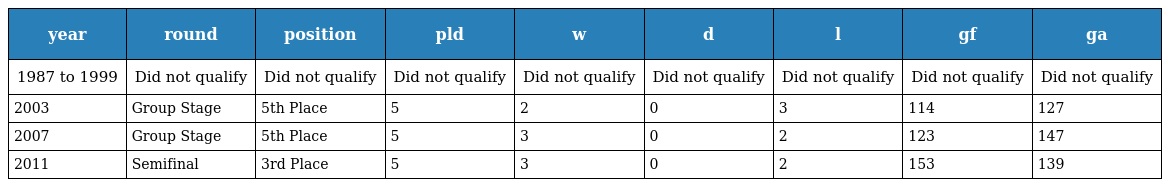
| year | round | position | pld | w | d | l | gf | ga |
 | --- | --- | --- | --- | --- | --- | --- | --- | --- |
 | 1987 to 1999 | Did not qualify | Did not qualify | Did not qualify | Did not qualify | Did not qualify | Did not qualify | Did not qualify | Did not qualify |
 | 2003 | Group Stage | 5th Place | 5 | 2 | 0 | 3 | 114 | 127 |
 | 2007 | Group Stage | 5th Place | 5 | 3 | 0 | 2 | 123 | 147 |
 | 2011 | Semifinal | 3rd Place | 5 | 3 | 0 | 2 | 153 | 139 |